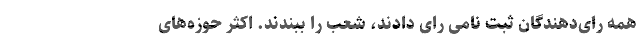
همه رای‌دهندگان ثبت نامی رای دادند، شعب را ببندند. اکثر حوزه‌های